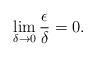
LaTeX: \begin{align*}\lim_{\delta\rightarrow0}\frac{\epsilon}{\delta}=0.\end{align*}